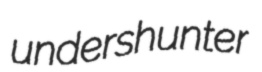
undershunter